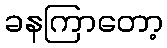
ခနကြာတော့